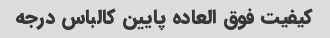
کیفیت فوق العاده پایین کالباس درجه